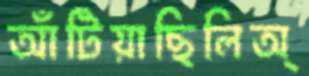
আঁটিয়াছিলিঅ্